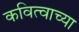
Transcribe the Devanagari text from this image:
कवित्वाच्या